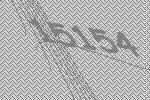
15154